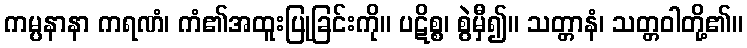
ကမ္ပနာနာ ကရဏံ၊ ကံ၏အထူးပြုခြင်းကို။ ပဋိစ္စ၊ စွဲမှီ၍။ သတ္တာနံ၊ သတ္တဝါတို့၏။